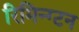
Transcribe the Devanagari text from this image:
रिमिन्ग्टन